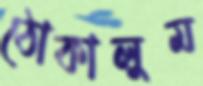
ঠোকালুম